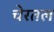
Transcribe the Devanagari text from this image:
चेरतल